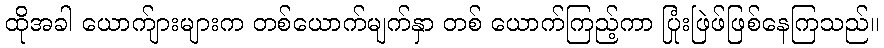
ထိုအခါ ယောက်ျားများက တစ်ယောက်မျက်နှာ တစ် ယောက်ကြည့်ကာ ပြုံးဖြဲဖ်ဖြစ်နေကြသည်။